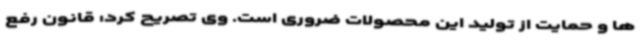
ها و حمایت از تولید این محصولات ضروری است. وی تصریح کرد: قانون رفع